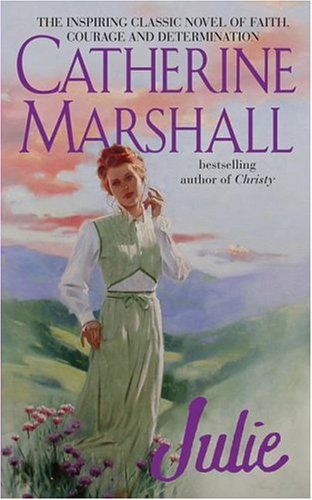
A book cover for Julie; Catherine Marshall; Religion & Spirituality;